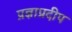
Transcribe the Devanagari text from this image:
प्रज्ञाप्रदीप